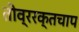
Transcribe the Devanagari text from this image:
तीव्ररक्तचाप